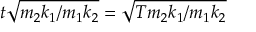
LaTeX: t { \sqrt { m _ { 2 } k _ { 1 } / m _ { 1 } k _ { 2 } } } = { \sqrt { T m _ { 2 } k _ { 1 } / m _ { 1 } k _ { 2 } } }